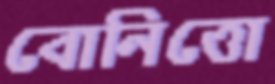
বোনিত্তো